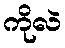
ကိုလဲ